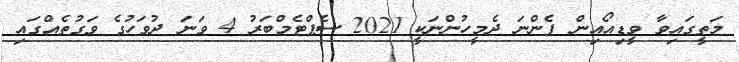
މަތީގައިވާ ވީޑިއޯއިން ފެންނަ ދެމީހުންނަކީ 2021 ސެޕްޓެމްބަރު 4 ވަނަ ދުވަހުގެ ވަގުތެއްގައި